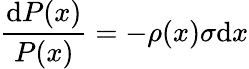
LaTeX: \frac{\mathrm{d}P(x)}{P(x)}=-\rho(x)\sigma\mathrm{d}x